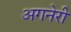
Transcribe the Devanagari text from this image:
अगनेरी